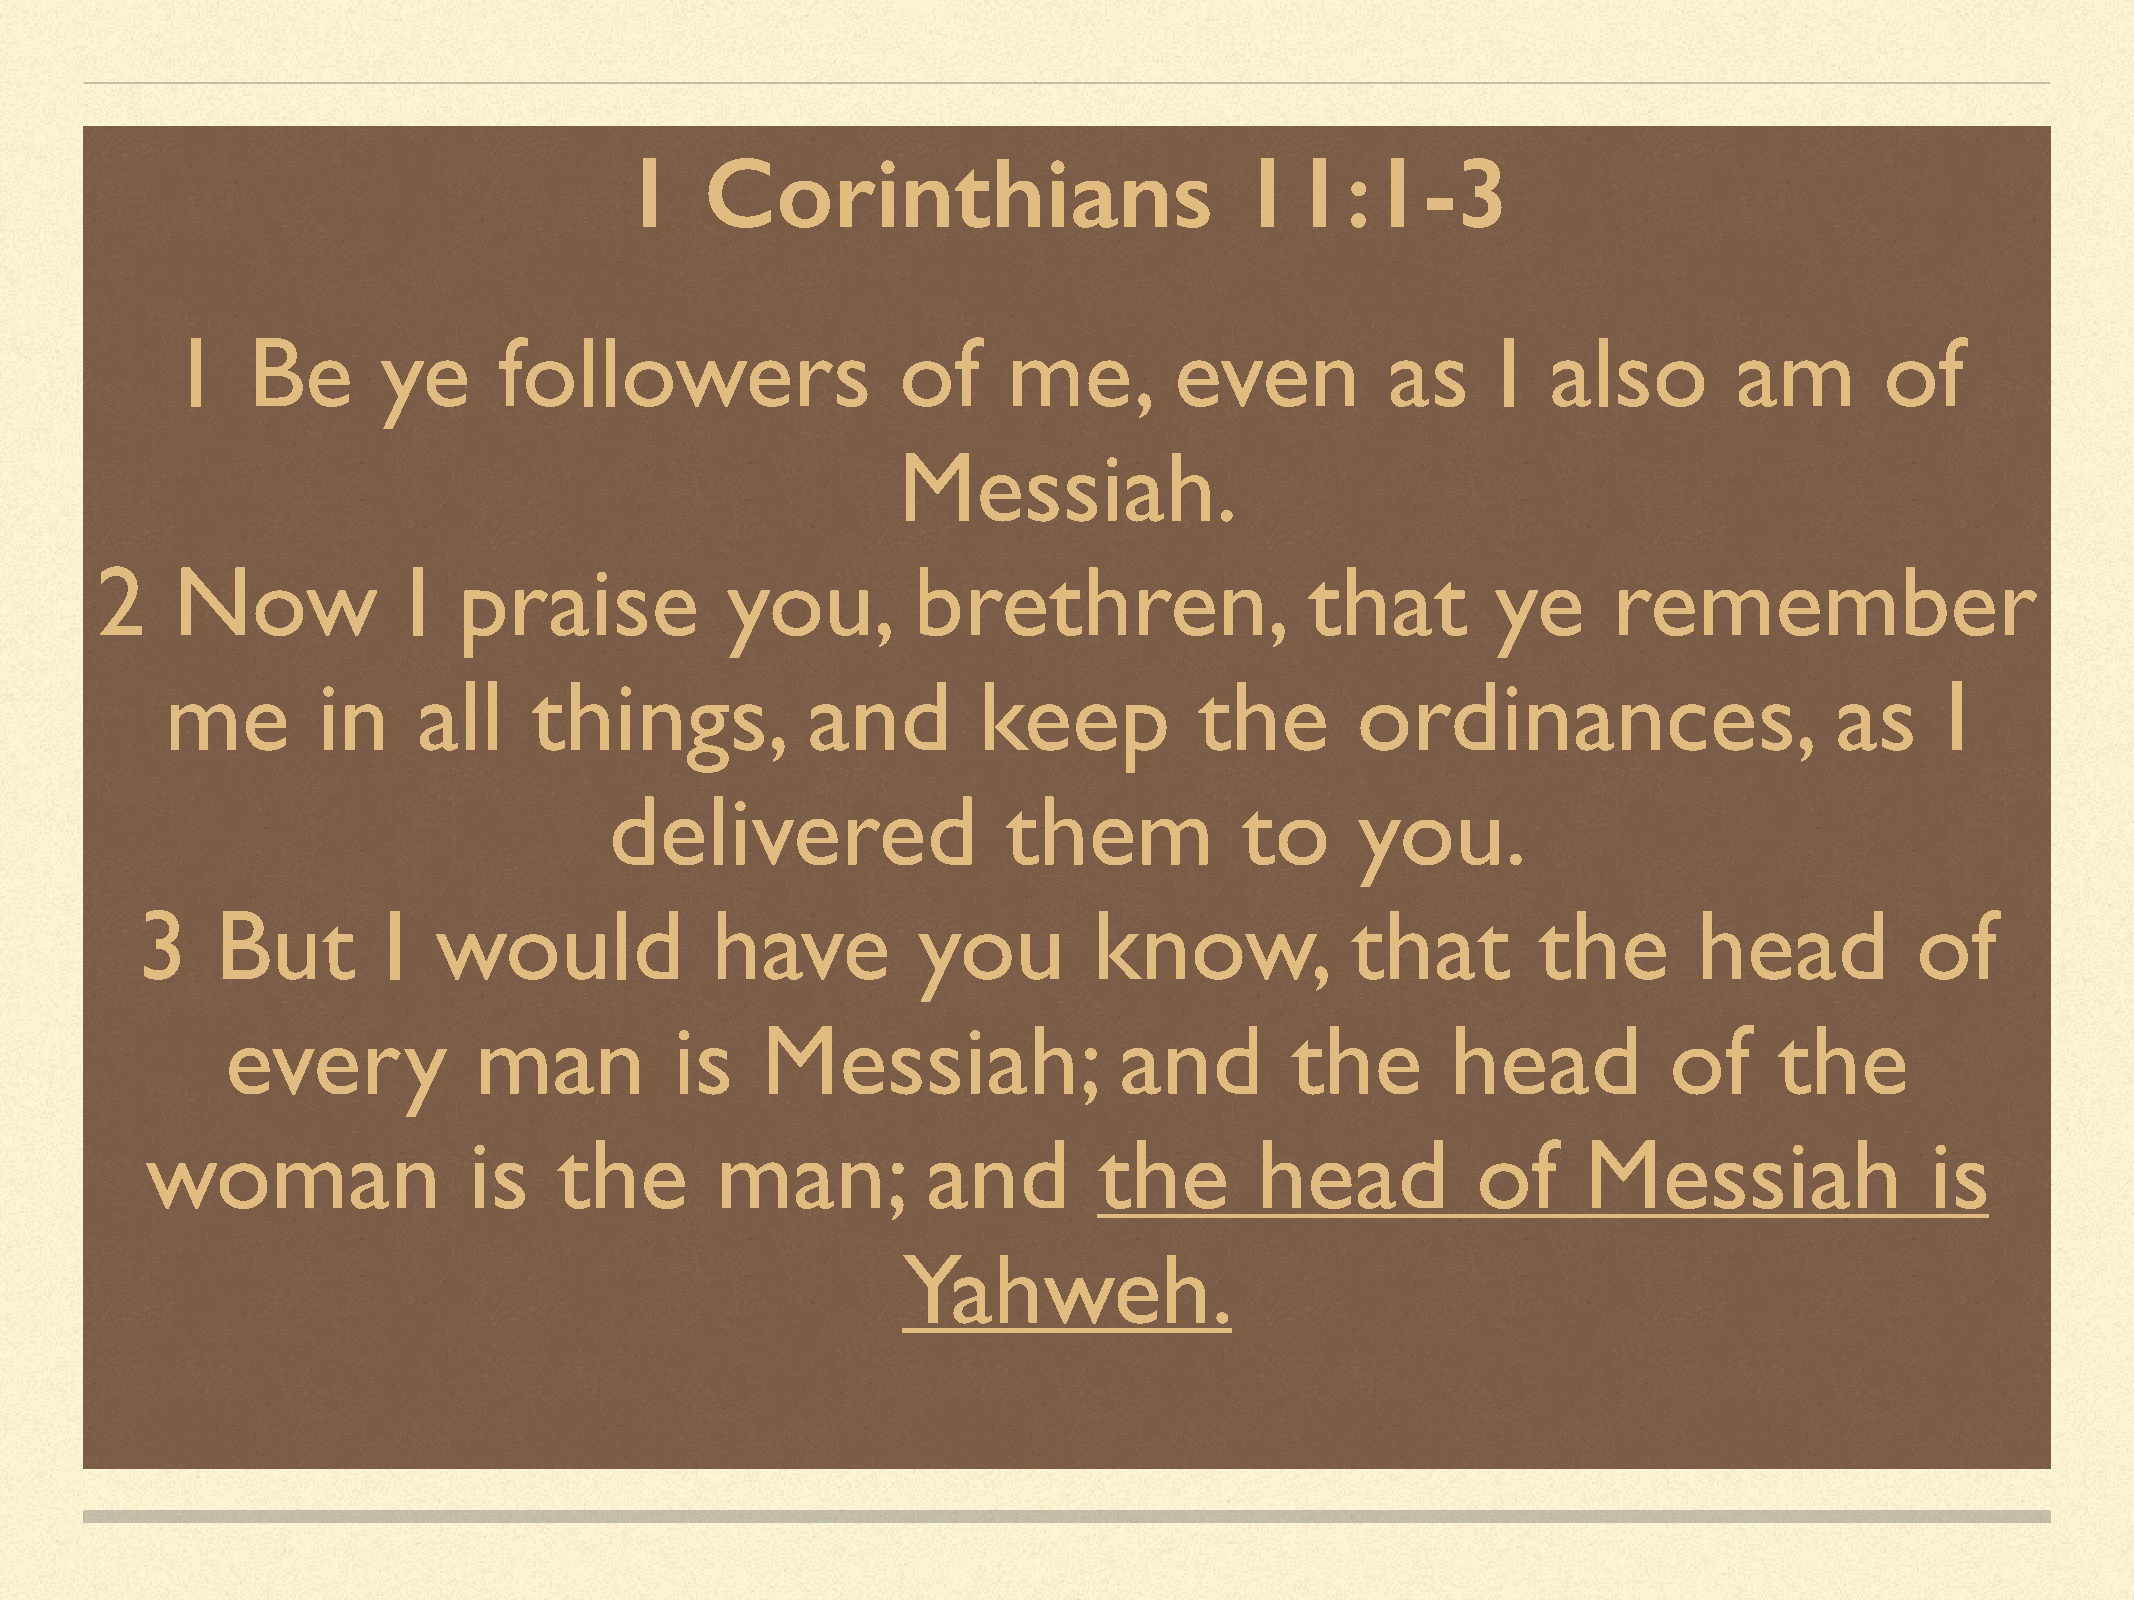
1     Corinthians                        11:1-3
 1    Be       ye      followers                  of     me,        even          as     I   also        am        of
 Messiah.
 2    Now             I  praise            you,        brethren,                  that        ye      remember
 me        in     all    things,           and         keep          the        ordinances,                    as      I
 delivered                  them           to      you.
 3    But        I   would             have          you        know,            that         the       head           of
 every           man           is   Messiah;                and        the        head          of      the
 woman                is    the       man;          and         the       head           of     Messiah                is
 Yahweh.